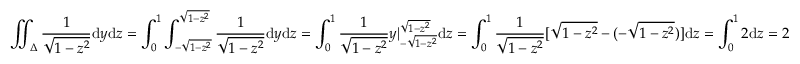
\iint _ { \Delta } \frac { 1 } { \sqrt { 1 - z ^ { 2 } } } \mathrm { d } y \mathrm { d } z = \int _ { 0 } ^ { 1 } \int _ { - \sqrt { 1 - z ^ { 2 } } } ^ { \sqrt { 1 - z ^ { 2 } } } \frac { 1 } { \sqrt { 1 - z ^ { 2 } } } \mathrm { d } y \mathrm { d } z = \int _ { 0 } ^ { 1 } \frac { 1 } { \sqrt { 1 - z ^ { 2 } } } y | _ { - \sqrt { 1 - z ^ { 2 } } } ^ { \sqrt { 1 - z ^ { 2 } } } \mathrm { d } z = \int _ { 0 } ^ { 1 } \frac { 1 } { \sqrt { 1 - z ^ { 2 } } } [ \sqrt { 1 - z ^ { 2 } } - ( - \sqrt { 1 - z ^ { 2 } } ) ] \mathrm { d } z = \int _ { 0 } ^ { 1 } 2 \mathrm { d } z = 2